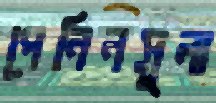
পেনিনসুলা